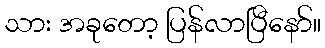
သား အခုတော့ ပြန်လာပြီနော်။